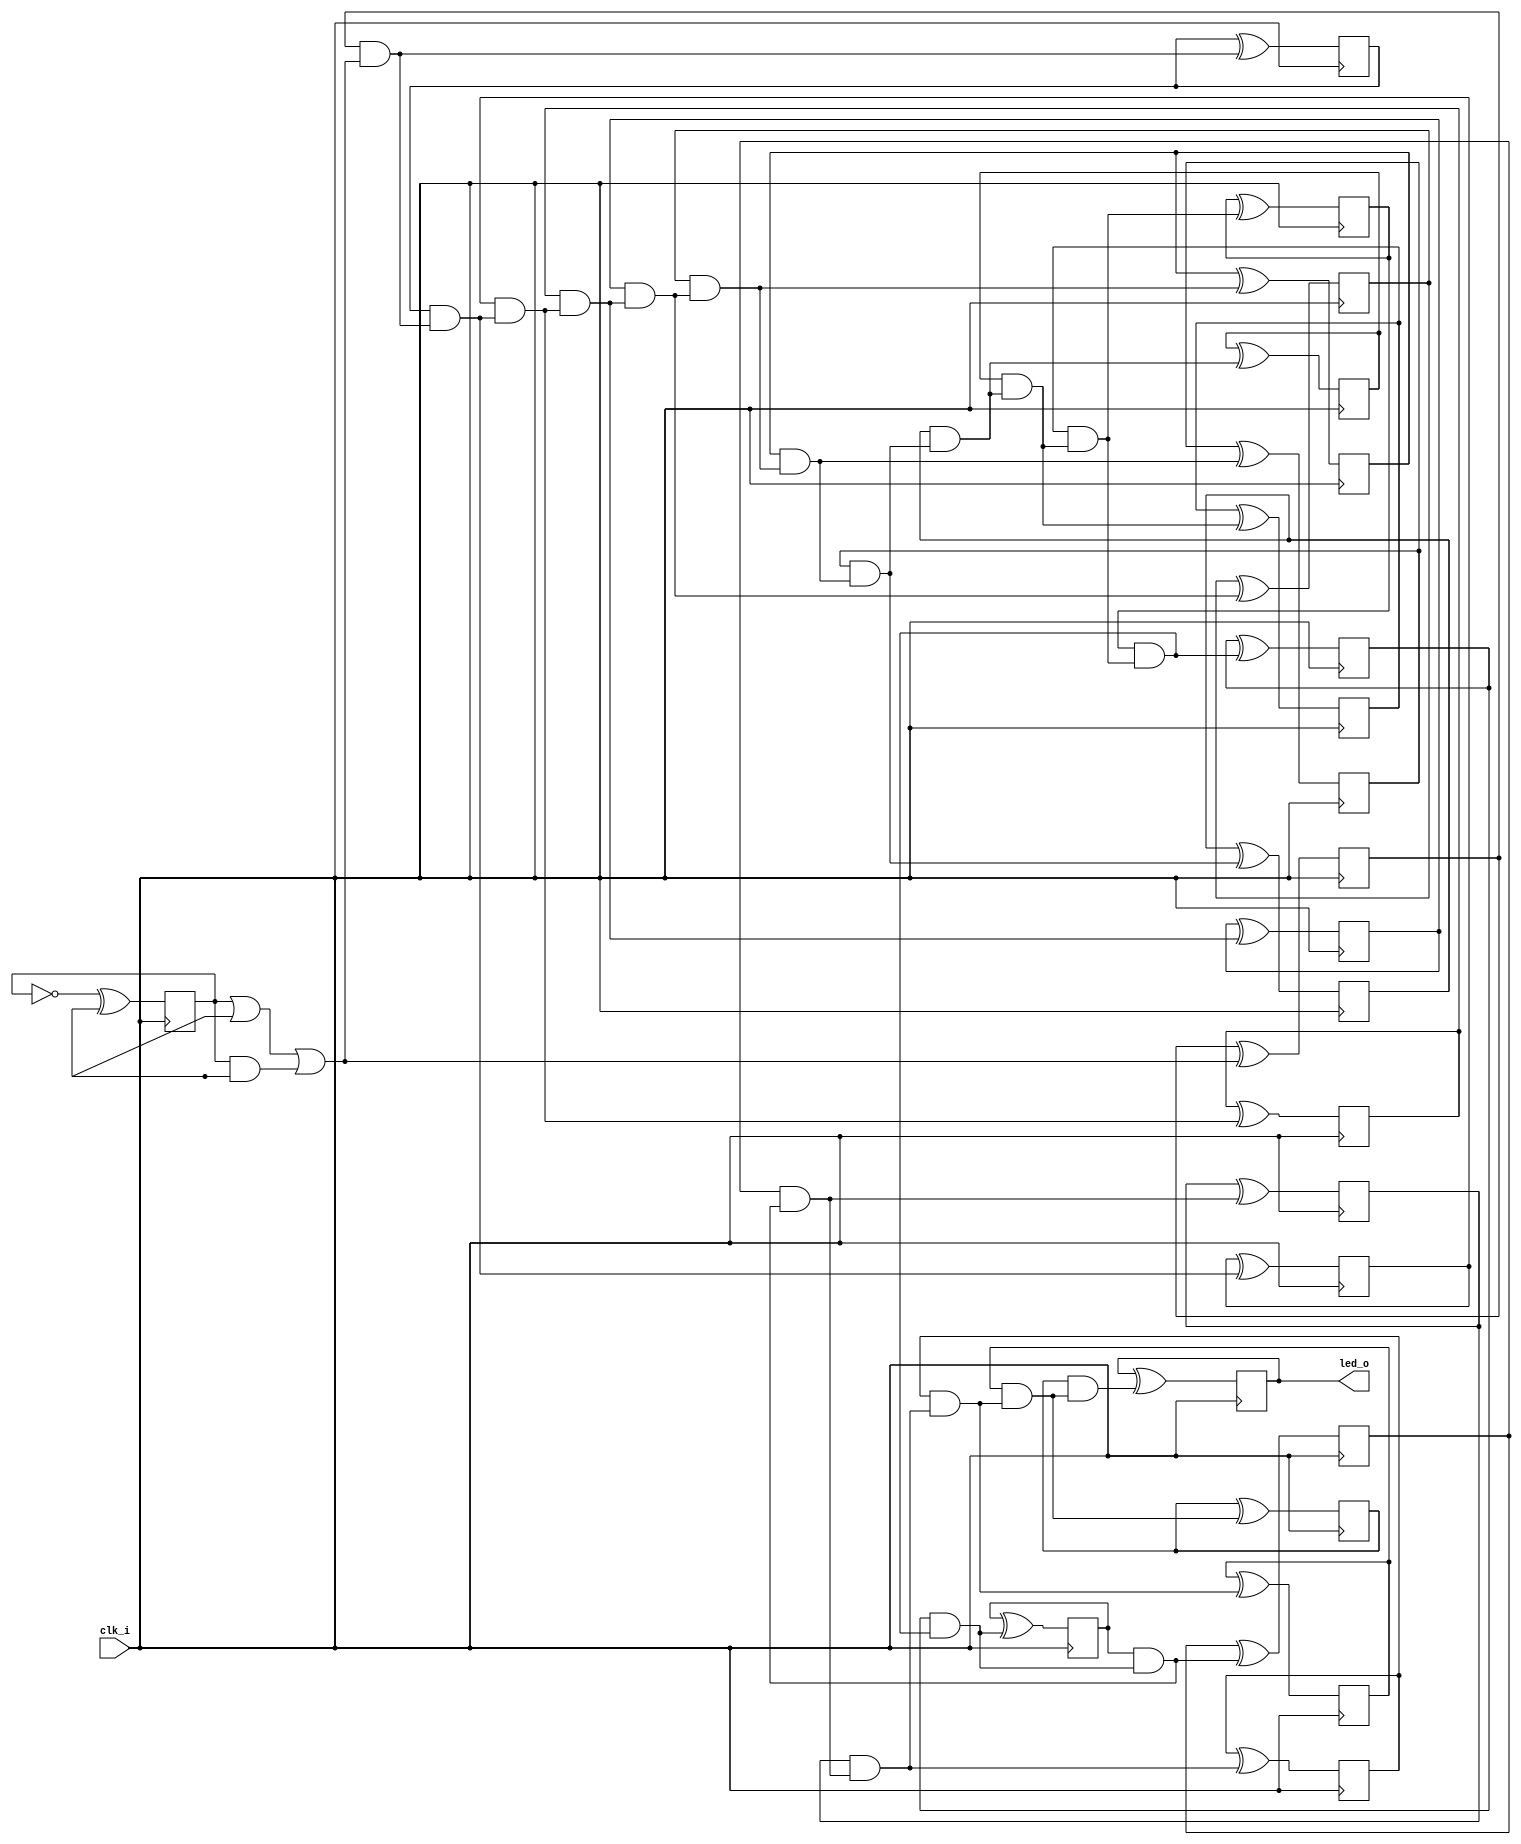
// Generated by MyHDL 0.11


`timescale 1ns/10ps

module blinker (
    clk_i,
    led_o
);


input clk_i;
output led_o;
wire led_o;

wire [20:0] cnt;
wire [20:0] k_one;
wire [20:0] k_next_cnt;
reg k_k_k_q_o;
reg k_k_chunk_insts_20_q_o;
reg k_k_chunk_insts_19_q_o;
reg k_k_chunk_insts_18_q_o;
reg k_k_chunk_insts_17_q_o;
reg k_k_chunk_insts_16_q_o;
reg k_k_chunk_insts_15_q_o;
reg k_k_chunk_insts_14_q_o;
reg k_k_chunk_insts_13_q_o;
reg k_k_chunk_insts_12_q_o;
reg k_k_chunk_insts_11_q_o;
reg k_k_chunk_insts_10_q_o;
reg k_k_chunk_insts_2_q_o;
reg k_k_chunk_insts_9_q_o;
reg k_k_chunk_insts_7_q_o;
reg k_k_chunk_insts_8_q_o;
reg k_k_chunk_insts_6_q_o;
reg k_k_chunk_insts_5_q_o;
reg k_k_chunk_insts_4_q_o;
reg k_k_chunk_insts_3_q_o;
reg k_k_chunk_insts_1_q_o;
wire [20:0] k_k_chunk_insts_1_chunk_insts_0_a;
wire [21:0] k_chunk_insts_0_c;
wire k_chunk_insts_0_k_s_o;
wire k_chunk_insts_0_k_c_o;
wire k_chunk_insts_0_chunk_insts_18_s_o;
wire k_chunk_insts_0_chunk_insts_18_c_o;
wire k_chunk_insts_0_chunk_insts_17_s_o;
wire k_chunk_insts_0_chunk_insts_17_c_o;
wire k_chunk_insts_0_chunk_insts_19_s_o;
wire k_chunk_insts_0_chunk_insts_19_c_o;
wire k_chunk_insts_0_chunk_insts_2_s_o;
wire k_chunk_insts_0_chunk_insts_2_c_o;
wire k_chunk_insts_0_chunk_insts_3_s_o;
wire k_chunk_insts_0_chunk_insts_3_c_o;
wire k_chunk_insts_0_chunk_insts_4_s_o;
wire k_chunk_insts_0_chunk_insts_4_c_o;
wire k_chunk_insts_0_chunk_insts_1_s_o;
wire k_chunk_insts_0_chunk_insts_1_c_o;
wire k_chunk_insts_0_chunk_insts_0_s_o;
wire k_chunk_insts_0_chunk_insts_0_c_o;
wire k_chunk_insts_0_chunk_insts_5_s_o;
wire k_chunk_insts_0_chunk_insts_5_c_o;
wire k_chunk_insts_0_chunk_insts_8_s_o;
wire k_chunk_insts_0_chunk_insts_8_c_o;
wire k_chunk_insts_0_chunk_insts_10_s_o;
wire k_chunk_insts_0_chunk_insts_10_c_o;
wire k_chunk_insts_0_chunk_insts_6_s_o;
wire k_chunk_insts_0_chunk_insts_6_c_o;
wire k_chunk_insts_0_chunk_insts_7_s_o;
wire k_chunk_insts_0_chunk_insts_7_c_o;
wire k_chunk_insts_0_chunk_insts_9_s_o;
wire k_chunk_insts_0_chunk_insts_9_c_o;
wire k_chunk_insts_0_chunk_insts_21_s_o;
wire k_chunk_insts_0_chunk_insts_21_c_o;
wire k_chunk_insts_0_chunk_insts_20_s_o;
wire k_chunk_insts_0_chunk_insts_20_c_o;
wire k_chunk_insts_0_chunk_insts_16_s_o;
wire k_chunk_insts_0_chunk_insts_16_c_o;
wire k_chunk_insts_0_chunk_insts_15_s_o;
wire k_chunk_insts_0_chunk_insts_15_c_o;
wire k_chunk_insts_0_chunk_insts_14_s_o;
wire k_chunk_insts_0_chunk_insts_14_c_o;
wire k_chunk_insts_0_chunk_insts_13_s_o;
wire k_chunk_insts_0_chunk_insts_13_c_o;
wire [20:0] k_chunk_insts_0_chunk_insts_13_chunk_insts_12_a;
wire [21:0] k_chunk_insts_0_chunk_insts_13_chunk_insts_11_a;

assign k_one = 21'd1;
assign k_k_chunk_insts_1_chunk_insts_0_a[20] = k_k_k_q_o;
assign k_k_chunk_insts_1_chunk_insts_0_a[19] = k_k_chunk_insts_20_q_o;
assign k_k_chunk_insts_1_chunk_insts_0_a[18] = k_k_chunk_insts_19_q_o;
assign k_k_chunk_insts_1_chunk_insts_0_a[17] = k_k_chunk_insts_18_q_o;
assign k_k_chunk_insts_1_chunk_insts_0_a[16] = k_k_chunk_insts_17_q_o;
assign k_k_chunk_insts_1_chunk_insts_0_a[15] = k_k_chunk_insts_16_q_o;
assign k_k_chunk_insts_1_chunk_insts_0_a[14] = k_k_chunk_insts_15_q_o;
assign k_k_chunk_insts_1_chunk_insts_0_a[13] = k_k_chunk_insts_14_q_o;
assign k_k_chunk_insts_1_chunk_insts_0_a[12] = k_k_chunk_insts_13_q_o;
assign k_k_chunk_insts_1_chunk_insts_0_a[11] = k_k_chunk_insts_12_q_o;
assign k_k_chunk_insts_1_chunk_insts_0_a[10] = k_k_chunk_insts_11_q_o;
assign k_k_chunk_insts_1_chunk_insts_0_a[9] = k_k_chunk_insts_10_q_o;
assign k_k_chunk_insts_1_chunk_insts_0_a[8] = k_k_chunk_insts_2_q_o;
assign k_k_chunk_insts_1_chunk_insts_0_a[7] = k_k_chunk_insts_9_q_o;
assign k_k_chunk_insts_1_chunk_insts_0_a[6] = k_k_chunk_insts_7_q_o;
assign k_k_chunk_insts_1_chunk_insts_0_a[5] = k_k_chunk_insts_8_q_o;
assign k_k_chunk_insts_1_chunk_insts_0_a[4] = k_k_chunk_insts_6_q_o;
assign k_k_chunk_insts_1_chunk_insts_0_a[3] = k_k_chunk_insts_5_q_o;
assign k_k_chunk_insts_1_chunk_insts_0_a[2] = k_k_chunk_insts_4_q_o;
assign k_k_chunk_insts_1_chunk_insts_0_a[1] = k_k_chunk_insts_3_q_o;
assign k_k_chunk_insts_1_chunk_insts_0_a[0] = k_k_chunk_insts_1_q_o;
assign k_chunk_insts_0_chunk_insts_13_chunk_insts_12_a[20] = k_chunk_insts_0_k_s_o;
assign k_chunk_insts_0_chunk_insts_13_chunk_insts_12_a[19] = k_chunk_insts_0_chunk_insts_18_s_o;
assign k_chunk_insts_0_chunk_insts_13_chunk_insts_12_a[18] = k_chunk_insts_0_chunk_insts_17_s_o;
assign k_chunk_insts_0_chunk_insts_13_chunk_insts_12_a[17] = k_chunk_insts_0_chunk_insts_19_s_o;
assign k_chunk_insts_0_chunk_insts_13_chunk_insts_12_a[16] = k_chunk_insts_0_chunk_insts_2_s_o;
assign k_chunk_insts_0_chunk_insts_13_chunk_insts_12_a[15] = k_chunk_insts_0_chunk_insts_3_s_o;
assign k_chunk_insts_0_chunk_insts_13_chunk_insts_12_a[14] = k_chunk_insts_0_chunk_insts_4_s_o;
assign k_chunk_insts_0_chunk_insts_13_chunk_insts_12_a[13] = k_chunk_insts_0_chunk_insts_1_s_o;
assign k_chunk_insts_0_chunk_insts_13_chunk_insts_12_a[12] = k_chunk_insts_0_chunk_insts_0_s_o;
assign k_chunk_insts_0_chunk_insts_13_chunk_insts_12_a[11] = k_chunk_insts_0_chunk_insts_5_s_o;
assign k_chunk_insts_0_chunk_insts_13_chunk_insts_12_a[10] = k_chunk_insts_0_chunk_insts_8_s_o;
assign k_chunk_insts_0_chunk_insts_13_chunk_insts_12_a[9] = k_chunk_insts_0_chunk_insts_10_s_o;
assign k_chunk_insts_0_chunk_insts_13_chunk_insts_12_a[8] = k_chunk_insts_0_chunk_insts_6_s_o;
assign k_chunk_insts_0_chunk_insts_13_chunk_insts_12_a[7] = k_chunk_insts_0_chunk_insts_7_s_o;
assign k_chunk_insts_0_chunk_insts_13_chunk_insts_12_a[6] = k_chunk_insts_0_chunk_insts_9_s_o;
assign k_chunk_insts_0_chunk_insts_13_chunk_insts_12_a[5] = k_chunk_insts_0_chunk_insts_21_s_o;
assign k_chunk_insts_0_chunk_insts_13_chunk_insts_12_a[4] = k_chunk_insts_0_chunk_insts_20_s_o;
assign k_chunk_insts_0_chunk_insts_13_chunk_insts_12_a[3] = k_chunk_insts_0_chunk_insts_16_s_o;
assign k_chunk_insts_0_chunk_insts_13_chunk_insts_12_a[2] = k_chunk_insts_0_chunk_insts_15_s_o;
assign k_chunk_insts_0_chunk_insts_13_chunk_insts_12_a[1] = k_chunk_insts_0_chunk_insts_14_s_o;
assign k_chunk_insts_0_chunk_insts_13_chunk_insts_12_a[0] = k_chunk_insts_0_chunk_insts_13_s_o;
assign k_chunk_insts_0_chunk_insts_13_chunk_insts_11_a[21] = k_chunk_insts_0_k_c_o;
assign k_chunk_insts_0_chunk_insts_13_chunk_insts_11_a[20] = k_chunk_insts_0_chunk_insts_18_c_o;
assign k_chunk_insts_0_chunk_insts_13_chunk_insts_11_a[19] = k_chunk_insts_0_chunk_insts_17_c_o;
assign k_chunk_insts_0_chunk_insts_13_chunk_insts_11_a[18] = k_chunk_insts_0_chunk_insts_19_c_o;
assign k_chunk_insts_0_chunk_insts_13_chunk_insts_11_a[17] = k_chunk_insts_0_chunk_insts_2_c_o;
assign k_chunk_insts_0_chunk_insts_13_chunk_insts_11_a[16] = k_chunk_insts_0_chunk_insts_3_c_o;
assign k_chunk_insts_0_chunk_insts_13_chunk_insts_11_a[15] = k_chunk_insts_0_chunk_insts_4_c_o;
assign k_chunk_insts_0_chunk_insts_13_chunk_insts_11_a[14] = k_chunk_insts_0_chunk_insts_1_c_o;
assign k_chunk_insts_0_chunk_insts_13_chunk_insts_11_a[13] = k_chunk_insts_0_chunk_insts_0_c_o;
assign k_chunk_insts_0_chunk_insts_13_chunk_insts_11_a[12] = k_chunk_insts_0_chunk_insts_5_c_o;
assign k_chunk_insts_0_chunk_insts_13_chunk_insts_11_a[11] = k_chunk_insts_0_chunk_insts_8_c_o;
assign k_chunk_insts_0_chunk_insts_13_chunk_insts_11_a[10] = k_chunk_insts_0_chunk_insts_10_c_o;
assign k_chunk_insts_0_chunk_insts_13_chunk_insts_11_a[9] = k_chunk_insts_0_chunk_insts_6_c_o;
assign k_chunk_insts_0_chunk_insts_13_chunk_insts_11_a[8] = k_chunk_insts_0_chunk_insts_7_c_o;
assign k_chunk_insts_0_chunk_insts_13_chunk_insts_11_a[7] = k_chunk_insts_0_chunk_insts_9_c_o;
assign k_chunk_insts_0_chunk_insts_13_chunk_insts_11_a[6] = k_chunk_insts_0_chunk_insts_21_c_o;
assign k_chunk_insts_0_chunk_insts_13_chunk_insts_11_a[5] = k_chunk_insts_0_chunk_insts_20_c_o;
assign k_chunk_insts_0_chunk_insts_13_chunk_insts_11_a[4] = k_chunk_insts_0_chunk_insts_16_c_o;
assign k_chunk_insts_0_chunk_insts_13_chunk_insts_11_a[3] = k_chunk_insts_0_chunk_insts_15_c_o;
assign k_chunk_insts_0_chunk_insts_13_chunk_insts_11_a[2] = k_chunk_insts_0_chunk_insts_14_c_o;
assign k_chunk_insts_0_chunk_insts_13_chunk_insts_11_a[1] = k_chunk_insts_0_chunk_insts_13_c_o;
//assign k_chunk_insts_0_chunk_insts_13_chunk_insts_11_a[0] = None;



assign led_o = cnt[(21 - 1)];



assign k_chunk_insts_0_chunk_insts_0_s_o = ((k_one[12] ^ cnt[12]) ^ k_chunk_insts_0_c[12]);
assign k_chunk_insts_0_chunk_insts_0_c_o = (((k_one[12] & cnt[12]) | (k_one[12] & k_chunk_insts_0_c[12])) | (cnt[12] & k_chunk_insts_0_c[12]));



assign k_chunk_insts_0_chunk_insts_1_s_o = ((k_one[13] ^ cnt[13]) ^ k_chunk_insts_0_c[13]);
assign k_chunk_insts_0_chunk_insts_1_c_o = (((k_one[13] & cnt[13]) | (k_one[13] & k_chunk_insts_0_c[13])) | (cnt[13] & k_chunk_insts_0_c[13]));



assign k_chunk_insts_0_chunk_insts_2_s_o = ((k_one[16] ^ cnt[16]) ^ k_chunk_insts_0_c[16]);
assign k_chunk_insts_0_chunk_insts_2_c_o = (((k_one[16] & cnt[16]) | (k_one[16] & k_chunk_insts_0_c[16])) | (cnt[16] & k_chunk_insts_0_c[16]));



assign k_chunk_insts_0_chunk_insts_3_s_o = ((k_one[15] ^ cnt[15]) ^ k_chunk_insts_0_c[15]);
assign k_chunk_insts_0_chunk_insts_3_c_o = (((k_one[15] & cnt[15]) | (k_one[15] & k_chunk_insts_0_c[15])) | (cnt[15] & k_chunk_insts_0_c[15]));



assign k_chunk_insts_0_chunk_insts_4_s_o = ((k_one[14] ^ cnt[14]) ^ k_chunk_insts_0_c[14]);
assign k_chunk_insts_0_chunk_insts_4_c_o = (((k_one[14] & cnt[14]) | (k_one[14] & k_chunk_insts_0_c[14])) | (cnt[14] & k_chunk_insts_0_c[14]));



assign k_chunk_insts_0_chunk_insts_5_s_o = ((k_one[11] ^ cnt[11]) ^ k_chunk_insts_0_c[11]);
assign k_chunk_insts_0_chunk_insts_5_c_o = (((k_one[11] & cnt[11]) | (k_one[11] & k_chunk_insts_0_c[11])) | (cnt[11] & k_chunk_insts_0_c[11]));



assign k_chunk_insts_0_chunk_insts_6_s_o = ((k_one[8] ^ cnt[8]) ^ k_chunk_insts_0_c[8]);
assign k_chunk_insts_0_chunk_insts_6_c_o = (((k_one[8] & cnt[8]) | (k_one[8] & k_chunk_insts_0_c[8])) | (cnt[8] & k_chunk_insts_0_c[8]));



assign k_chunk_insts_0_chunk_insts_7_s_o = ((k_one[7] ^ cnt[7]) ^ k_chunk_insts_0_c[7]);
assign k_chunk_insts_0_chunk_insts_7_c_o = (((k_one[7] & cnt[7]) | (k_one[7] & k_chunk_insts_0_c[7])) | (cnt[7] & k_chunk_insts_0_c[7]));



assign k_chunk_insts_0_chunk_insts_8_s_o = ((k_one[10] ^ cnt[10]) ^ k_chunk_insts_0_c[10]);
assign k_chunk_insts_0_chunk_insts_8_c_o = (((k_one[10] & cnt[10]) | (k_one[10] & k_chunk_insts_0_c[10])) | (cnt[10] & k_chunk_insts_0_c[10]));



assign k_chunk_insts_0_chunk_insts_9_s_o = ((k_one[6] ^ cnt[6]) ^ k_chunk_insts_0_c[6]);
assign k_chunk_insts_0_chunk_insts_9_c_o = (((k_one[6] & cnt[6]) | (k_one[6] & k_chunk_insts_0_c[6])) | (cnt[6] & k_chunk_insts_0_c[6]));



assign k_chunk_insts_0_chunk_insts_10_s_o = ((k_one[9] ^ cnt[9]) ^ k_chunk_insts_0_c[9]);
assign k_chunk_insts_0_chunk_insts_10_c_o = (((k_one[9] & cnt[9]) | (k_one[9] & k_chunk_insts_0_c[9])) | (cnt[9] & k_chunk_insts_0_c[9]));



assign k_chunk_insts_0_c = k_chunk_insts_0_chunk_insts_13_chunk_insts_11_a;



assign k_next_cnt = k_chunk_insts_0_chunk_insts_13_chunk_insts_12_a;



assign k_chunk_insts_0_chunk_insts_13_s_o = ((k_one[0] ^ cnt[0]) ^ k_chunk_insts_0_c[0]);
assign k_chunk_insts_0_chunk_insts_13_c_o = (((k_one[0] & cnt[0]) | (k_one[0] & k_chunk_insts_0_c[0])) | (cnt[0] & k_chunk_insts_0_c[0]));



assign k_chunk_insts_0_chunk_insts_14_s_o = ((k_one[1] ^ cnt[1]) ^ k_chunk_insts_0_c[1]);
assign k_chunk_insts_0_chunk_insts_14_c_o = (((k_one[1] & cnt[1]) | (k_one[1] & k_chunk_insts_0_c[1])) | (cnt[1] & k_chunk_insts_0_c[1]));



assign k_chunk_insts_0_chunk_insts_15_s_o = ((k_one[2] ^ cnt[2]) ^ k_chunk_insts_0_c[2]);
assign k_chunk_insts_0_chunk_insts_15_c_o = (((k_one[2] & cnt[2]) | (k_one[2] & k_chunk_insts_0_c[2])) | (cnt[2] & k_chunk_insts_0_c[2]));



assign k_chunk_insts_0_chunk_insts_16_s_o = ((k_one[3] ^ cnt[3]) ^ k_chunk_insts_0_c[3]);
assign k_chunk_insts_0_chunk_insts_16_c_o = (((k_one[3] & cnt[3]) | (k_one[3] & k_chunk_insts_0_c[3])) | (cnt[3] & k_chunk_insts_0_c[3]));



assign k_chunk_insts_0_chunk_insts_17_s_o = ((k_one[18] ^ cnt[18]) ^ k_chunk_insts_0_c[18]);
assign k_chunk_insts_0_chunk_insts_17_c_o = (((k_one[18] & cnt[18]) | (k_one[18] & k_chunk_insts_0_c[18])) | (cnt[18] & k_chunk_insts_0_c[18]));



assign k_chunk_insts_0_chunk_insts_18_s_o = ((k_one[19] ^ cnt[19]) ^ k_chunk_insts_0_c[19]);
assign k_chunk_insts_0_chunk_insts_18_c_o = (((k_one[19] & cnt[19]) | (k_one[19] & k_chunk_insts_0_c[19])) | (cnt[19] & k_chunk_insts_0_c[19]));



assign k_chunk_insts_0_chunk_insts_19_s_o = ((k_one[17] ^ cnt[17]) ^ k_chunk_insts_0_c[17]);
assign k_chunk_insts_0_chunk_insts_19_c_o = (((k_one[17] & cnt[17]) | (k_one[17] & k_chunk_insts_0_c[17])) | (cnt[17] & k_chunk_insts_0_c[17]));



assign k_chunk_insts_0_chunk_insts_20_s_o = ((k_one[4] ^ cnt[4]) ^ k_chunk_insts_0_c[4]);
assign k_chunk_insts_0_chunk_insts_20_c_o = (((k_one[4] & cnt[4]) | (k_one[4] & k_chunk_insts_0_c[4])) | (cnt[4] & k_chunk_insts_0_c[4]));



assign k_chunk_insts_0_chunk_insts_21_s_o = ((k_one[5] ^ cnt[5]) ^ k_chunk_insts_0_c[5]);
assign k_chunk_insts_0_chunk_insts_21_c_o = (((k_one[5] & cnt[5]) | (k_one[5] & k_chunk_insts_0_c[5])) | (cnt[5] & k_chunk_insts_0_c[5]));



assign k_chunk_insts_0_k_s_o = ((k_one[20] ^ cnt[20]) ^ k_chunk_insts_0_c[20]);
assign k_chunk_insts_0_k_c_o = (((k_one[20] & cnt[20]) | (k_one[20] & k_chunk_insts_0_c[20])) | (cnt[20] & k_chunk_insts_0_c[20]));



assign cnt = k_k_chunk_insts_1_chunk_insts_0_a;


always @(posedge clk_i) begin: BLINKER_LOC_INSTS_CHUNK_INSTS_K_LOC_INSTS_CHUNK_INSTS_K_LOC_INSTS_CHUNK_INSTS_1_LOC_INSTS_CHUNK_INSTS_K
    k_k_chunk_insts_1_q_o <= k_next_cnt[0];
end


always @(posedge clk_i) begin: BLINKER_LOC_INSTS_CHUNK_INSTS_K_LOC_INSTS_CHUNK_INSTS_K_LOC_INSTS_CHUNK_INSTS_2_LOC_INSTS_CHUNK_INSTS_K
    k_k_chunk_insts_2_q_o <= k_next_cnt[8];
end


always @(posedge clk_i) begin: BLINKER_LOC_INSTS_CHUNK_INSTS_K_LOC_INSTS_CHUNK_INSTS_K_LOC_INSTS_CHUNK_INSTS_3_LOC_INSTS_CHUNK_INSTS_K
    k_k_chunk_insts_3_q_o <= k_next_cnt[1];
end


always @(posedge clk_i) begin: BLINKER_LOC_INSTS_CHUNK_INSTS_K_LOC_INSTS_CHUNK_INSTS_K_LOC_INSTS_CHUNK_INSTS_4_LOC_INSTS_CHUNK_INSTS_K
    k_k_chunk_insts_4_q_o <= k_next_cnt[2];
end


always @(posedge clk_i) begin: BLINKER_LOC_INSTS_CHUNK_INSTS_K_LOC_INSTS_CHUNK_INSTS_K_LOC_INSTS_CHUNK_INSTS_5_LOC_INSTS_CHUNK_INSTS_K
    k_k_chunk_insts_5_q_o <= k_next_cnt[3];
end


always @(posedge clk_i) begin: BLINKER_LOC_INSTS_CHUNK_INSTS_K_LOC_INSTS_CHUNK_INSTS_K_LOC_INSTS_CHUNK_INSTS_6_LOC_INSTS_CHUNK_INSTS_K
    k_k_chunk_insts_6_q_o <= k_next_cnt[4];
end


always @(posedge clk_i) begin: BLINKER_LOC_INSTS_CHUNK_INSTS_K_LOC_INSTS_CHUNK_INSTS_K_LOC_INSTS_CHUNK_INSTS_7_LOC_INSTS_CHUNK_INSTS_K
    k_k_chunk_insts_7_q_o <= k_next_cnt[6];
end


always @(posedge clk_i) begin: BLINKER_LOC_INSTS_CHUNK_INSTS_K_LOC_INSTS_CHUNK_INSTS_K_LOC_INSTS_CHUNK_INSTS_8_LOC_INSTS_CHUNK_INSTS_K
    k_k_chunk_insts_8_q_o <= k_next_cnt[5];
end


always @(posedge clk_i) begin: BLINKER_LOC_INSTS_CHUNK_INSTS_K_LOC_INSTS_CHUNK_INSTS_K_LOC_INSTS_CHUNK_INSTS_9_LOC_INSTS_CHUNK_INSTS_K
    k_k_chunk_insts_9_q_o <= k_next_cnt[7];
end


always @(posedge clk_i) begin: BLINKER_LOC_INSTS_CHUNK_INSTS_K_LOC_INSTS_CHUNK_INSTS_K_LOC_INSTS_CHUNK_INSTS_10_LOC_INSTS_CHUNK_INSTS_K
    k_k_chunk_insts_10_q_o <= k_next_cnt[9];
end


always @(posedge clk_i) begin: BLINKER_LOC_INSTS_CHUNK_INSTS_K_LOC_INSTS_CHUNK_INSTS_K_LOC_INSTS_CHUNK_INSTS_11_LOC_INSTS_CHUNK_INSTS_K
    k_k_chunk_insts_11_q_o <= k_next_cnt[10];
end


always @(posedge clk_i) begin: BLINKER_LOC_INSTS_CHUNK_INSTS_K_LOC_INSTS_CHUNK_INSTS_K_LOC_INSTS_CHUNK_INSTS_12_LOC_INSTS_CHUNK_INSTS_K
    k_k_chunk_insts_12_q_o <= k_next_cnt[11];
end


always @(posedge clk_i) begin: BLINKER_LOC_INSTS_CHUNK_INSTS_K_LOC_INSTS_CHUNK_INSTS_K_LOC_INSTS_CHUNK_INSTS_13_LOC_INSTS_CHUNK_INSTS_K
    k_k_chunk_insts_13_q_o <= k_next_cnt[12];
end


always @(posedge clk_i) begin: BLINKER_LOC_INSTS_CHUNK_INSTS_K_LOC_INSTS_CHUNK_INSTS_K_LOC_INSTS_CHUNK_INSTS_14_LOC_INSTS_CHUNK_INSTS_K
    k_k_chunk_insts_14_q_o <= k_next_cnt[13];
end


always @(posedge clk_i) begin: BLINKER_LOC_INSTS_CHUNK_INSTS_K_LOC_INSTS_CHUNK_INSTS_K_LOC_INSTS_CHUNK_INSTS_15_LOC_INSTS_CHUNK_INSTS_K
    k_k_chunk_insts_15_q_o <= k_next_cnt[14];
end


always @(posedge clk_i) begin: BLINKER_LOC_INSTS_CHUNK_INSTS_K_LOC_INSTS_CHUNK_INSTS_K_LOC_INSTS_CHUNK_INSTS_16_LOC_INSTS_CHUNK_INSTS_K
    k_k_chunk_insts_16_q_o <= k_next_cnt[15];
end


always @(posedge clk_i) begin: BLINKER_LOC_INSTS_CHUNK_INSTS_K_LOC_INSTS_CHUNK_INSTS_K_LOC_INSTS_CHUNK_INSTS_17_LOC_INSTS_CHUNK_INSTS_K
    k_k_chunk_insts_17_q_o <= k_next_cnt[16];
end


always @(posedge clk_i) begin: BLINKER_LOC_INSTS_CHUNK_INSTS_K_LOC_INSTS_CHUNK_INSTS_K_LOC_INSTS_CHUNK_INSTS_18_LOC_INSTS_CHUNK_INSTS_K
    k_k_chunk_insts_18_q_o <= k_next_cnt[17];
end


always @(posedge clk_i) begin: BLINKER_LOC_INSTS_CHUNK_INSTS_K_LOC_INSTS_CHUNK_INSTS_K_LOC_INSTS_CHUNK_INSTS_19_LOC_INSTS_CHUNK_INSTS_K
    k_k_chunk_insts_19_q_o <= k_next_cnt[18];
end


always @(posedge clk_i) begin: BLINKER_LOC_INSTS_CHUNK_INSTS_K_LOC_INSTS_CHUNK_INSTS_K_LOC_INSTS_CHUNK_INSTS_20_LOC_INSTS_CHUNK_INSTS_K
    k_k_chunk_insts_20_q_o <= k_next_cnt[19];
end


always @(posedge clk_i) begin: BLINKER_LOC_INSTS_CHUNK_INSTS_K_LOC_INSTS_CHUNK_INSTS_K_LOC_INSTS_CHUNK_INSTS_K_LOC_INSTS_CHUNK_INSTS_K
    k_k_k_q_o <= k_next_cnt[20];
end

endmodule